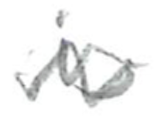
Text: is
Cross-out: wave
Writing tool: pencil